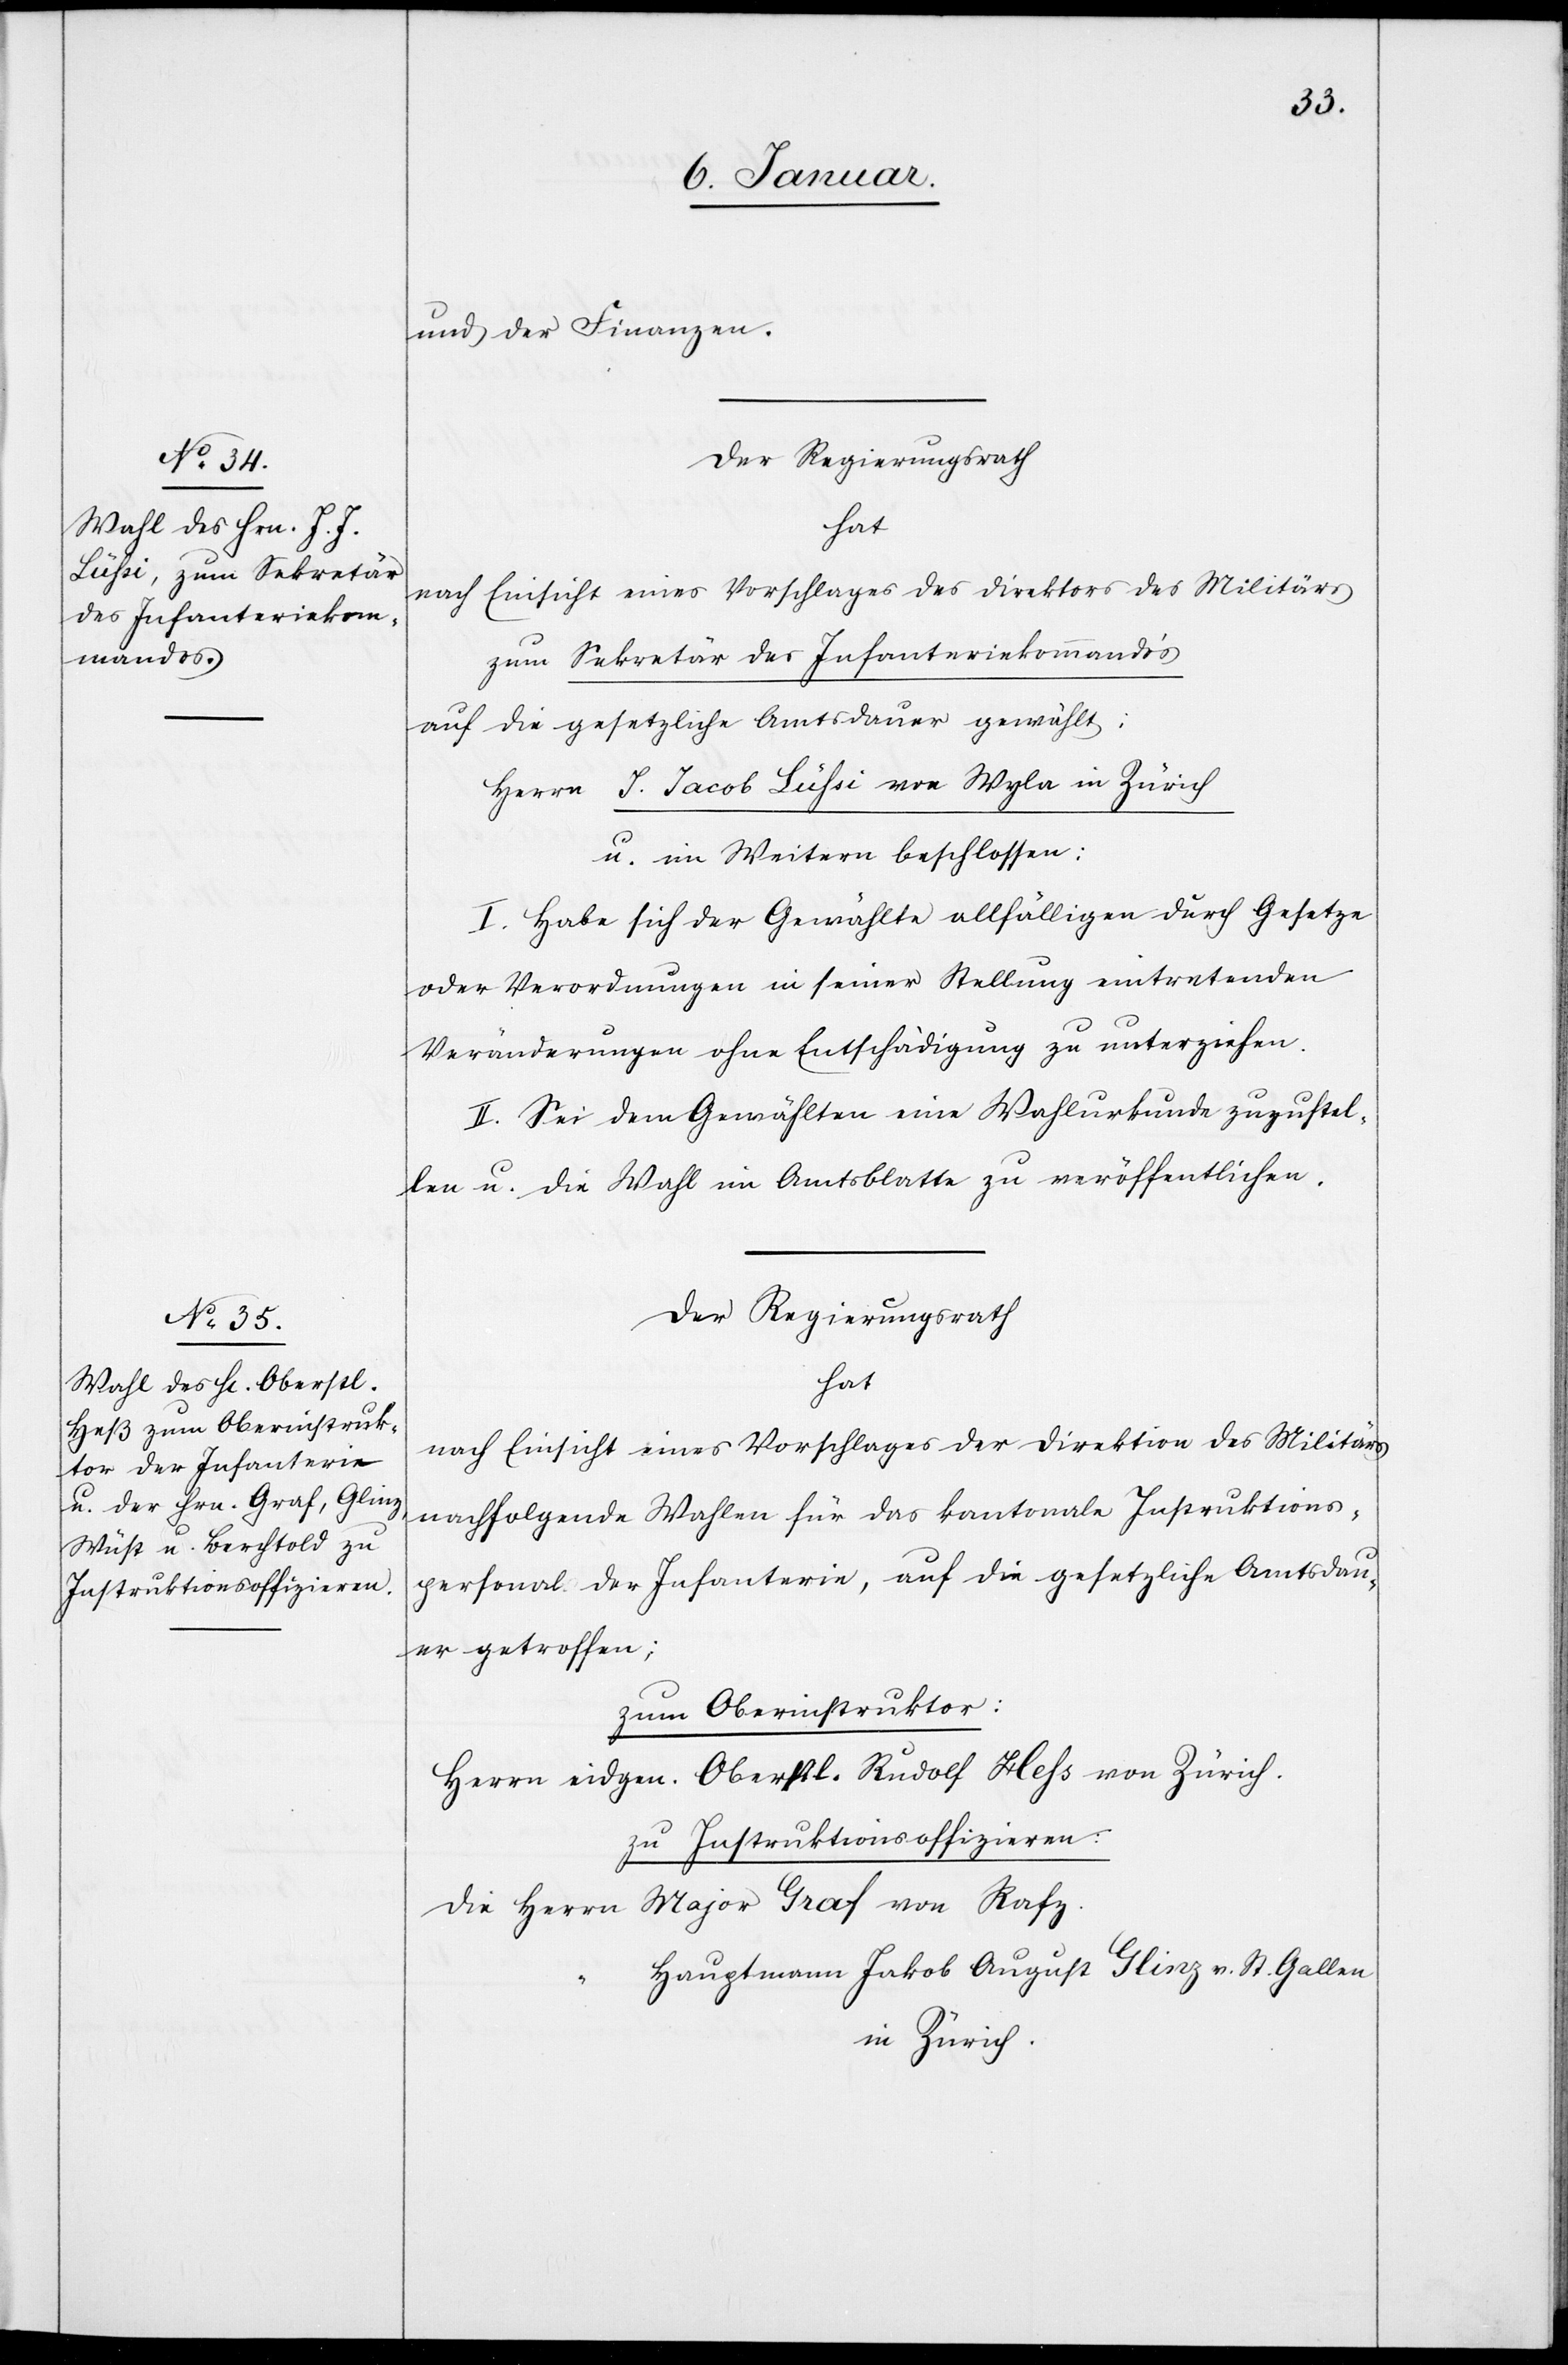
und der Finanzen.
Der Regierungsrath
hat
nach Einsicht eines Vorschlages des Direktors des Militärs
zum Sekretär des Infanteriekommando‘s
auf die gesetzliche Amtsdauer gewählt:
Herrn J. Jacob Lüssi von Wyla in Zürich
u. im Weitern beschlossen:
I. Habe sich der Gewählte allfälligen durch Gesetze
oder Verordnungen in seiner Stellung eintretenden
Veränderungen ohne Entschädigung zu unterziehen.
II. Sei dem Gewählten eine Wahlurkunde zuzustel¬
len u. die Wahl im Amtsblatt zu veröffentlichen.
Der Regierungsrath
hat
nach Einsicht eines Vorschlages der Direktion des Militärs
nachfolgende Wahlen für das kantonale Instruktions¬
personal der Infanterie, auf die gesetzliche Amtsdau¬
er getroffen;
zum Oberinstruktor:
Herrn eidgen. Oberstl. Rudolf Hess von Zürich.
zu Instruktionsoffizieren:
die Herrn Major Graf von Rafz.
“	Hauptmann Jakob August Glinz v. St. Gallen
in Zürich.